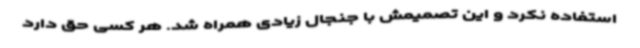
استفاده نکرد و این تصمیمش با جنجال زیادی همراه شد. هر کسی حق دارد